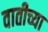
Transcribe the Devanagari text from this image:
वातीच्या